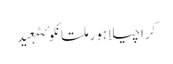
کراچیلاہورملتانکوئٹہعید